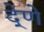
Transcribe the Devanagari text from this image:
दे्णे